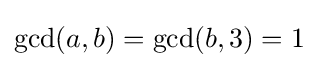
\gcd(a,b)=\gcd(b,3)=1